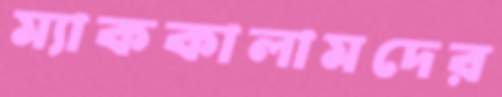
ম্যাককালামদের